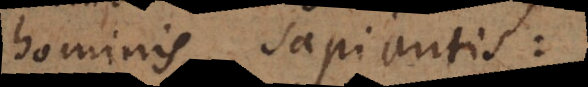
hominis sapientis: